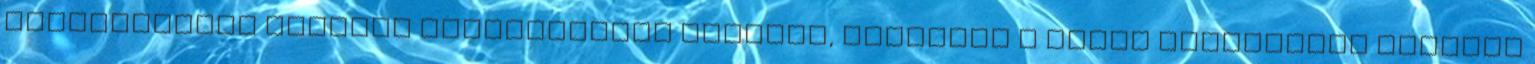
népszerűsége viharos gyorsasággal megnőtt, miközben a sokat emlegetett minőség